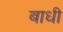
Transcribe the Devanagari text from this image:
बाधी